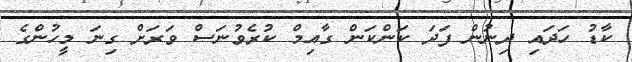
ކާޑު ހަދައި ދިނުން ފަދަ ކަންކަން ގާއިމް ކުރެވުނަސް ވަރަށް ގިނަ މީހުންގެ